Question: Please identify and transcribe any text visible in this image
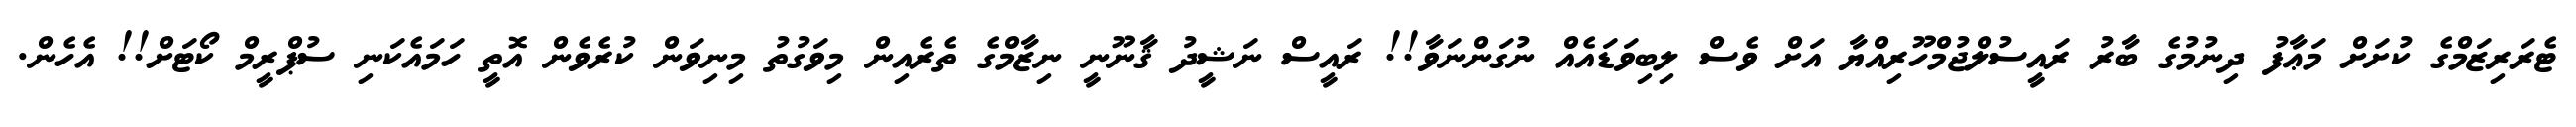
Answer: ޓެރަރިޒަމްގެ ކުށަށް މަޢާފު ދިނުމުގެ ބާރު ރައީސުލްޖުމްހޫރިއްޔާ އަށް ވެސް ލިބިވަޑައެއް ނުގަންނަވާ!! ރައީސް ނަޝީދު ޤާނޫނީ ނިޒާމްގެ ތެރެއިން މިވަގުތު މިނިވަން ކުރެވެން އޮތީ ހަމައެކަނި ސުޕްރީމް ކޯޓަށް!! އެހެން.